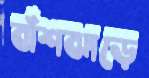
বাঁশঝাড়ে